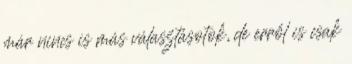
már nincs is más választásotok, de erről is csak